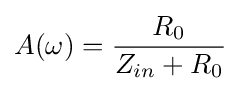
A(\omega )={\frac {R_{0}}{Z_{in}+R_{0}}}